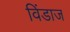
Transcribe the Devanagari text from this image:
विंडाज